system: You are a helpful assistant.
user:
Analyze the provided spectrum to determine if it is a **"Cataclysmic Variables (CV)"**.

- **Key Indicators for CV (Check for either state):**
    - **State 1: Quiescent / Low-State (Emission-Dominated)**
        - **(Primary):** Strong and *very broad* Hydrogen Balmer emission lines (e.g., $H\alpha$ at 6563 Å, $H\beta$ at 4861 Å). The 'broadness' (high velocity dispersion, often FWHM > 1000 km/s) is the key diagnostic, indicating a high-velocity accretion disk.
        - **(Secondary):** Broad neutral Helium (He I) emission lines (e.g., 5876 Å, 6678 Å).
        - **(Key Confirmation):** Presence of high-excitation *ionized* Helium (He II) emission at 4686 Å. This is a strong indicator of accretion onto a white dwarf.
        - **(Line Profile):** Emission lines may exhibit a 'double-peaked' profile, which is a classic signature of a rotating accretion disk viewed at high inclination.

    - **State 2: Outburst / High-State (Absorption-Dominated)**
        - **(Primary):** Spectrum is dominated by a bright, blue continuum (looks like a hot star).
        - **(Secondary):** The emission lines from State 1 are weak, absent, or 'filled in', and are replaced by broad, shallow *absorption* lines (primarily Balmer and He I).
        - **(Morphology):** The overall spectrum mimics a hot B/A-type star. The crucial difference is that the absorption lines are significantly broader, shallower, and more 'washed-out' (or 'smeared') than the sharp lines of a normal stellar photosphere, due to high rotational speeds and pressure broadening in the disk.

Think first, call **spectral_visualization_tool** if needed to examine features in detail, then provide your final answer. Your response must adhere to the following strict rules:
1.  **Overall Structure:** Your response must follow the format `<think>...</think> <tool_call>...</tool_call> (if a tool is used) <answer>...</answer>`.
2.  **Tool Usage Constraint:** You may only make **one** tool call per turn.
3.  **Final Answer Format:** In the `<answer>` tag, your conclusion must be inside a `\boxed{}` command (e.g., `\boxed{YES}`), followed by your justification.

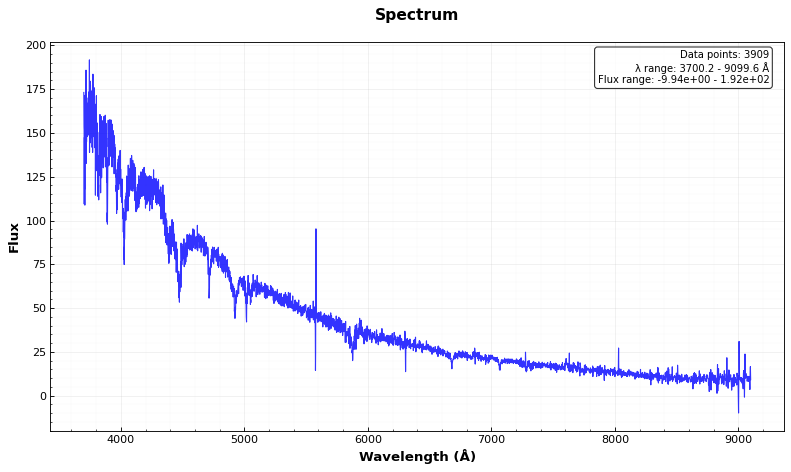
Answer: NO